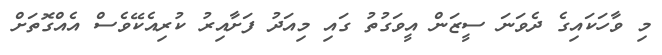
މި ވާހަކައިގެ ދެވަނަ ސީޒަން އީވަގުތު ގައި މިއަދު ފަށާއިރު ކުރިއެކޭވެސް އެއްގޮތަށް